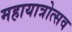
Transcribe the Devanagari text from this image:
महायात्रोत्सव